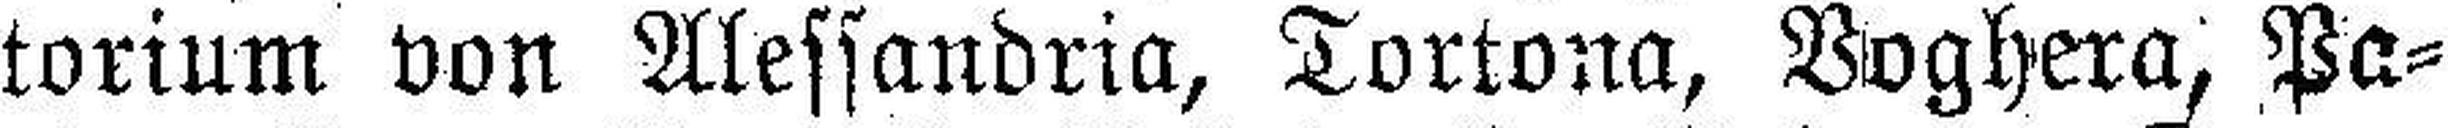
torium von Alessandria, Tortona, Voghera, Pa¬